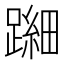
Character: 𬧐